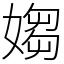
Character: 媰